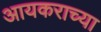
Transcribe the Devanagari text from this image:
आयकराच्या